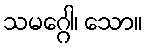
သမဂ္ဂေါ၊ သော။